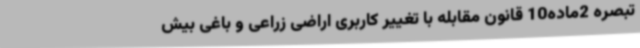
تبصره 2ماده10 قانون مقابله با تغییر کاربری اراضی زراعی و باغی بیش